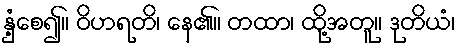
နှံ့စေ၍။ ဝိဟရတိ၊ နေ၏။ တထာ၊ ထို့အတူ။ ဒုတိယံ၊